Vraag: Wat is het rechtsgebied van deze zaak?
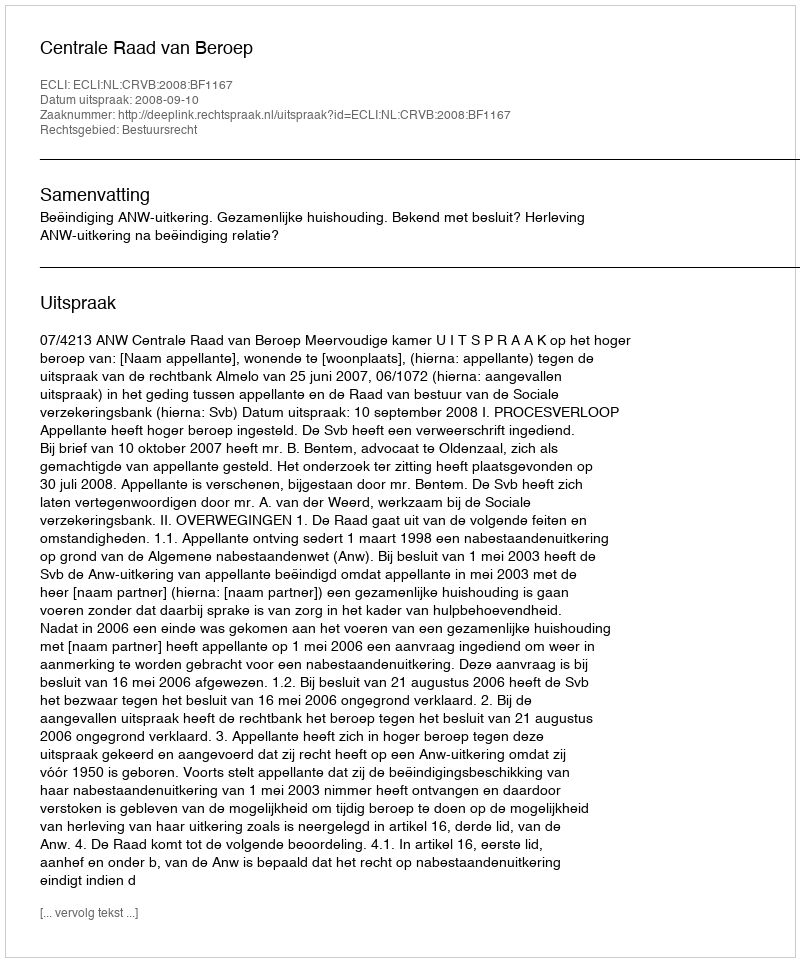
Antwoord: Bestuursrecht